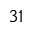
^ { 3 1 }